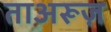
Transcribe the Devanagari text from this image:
ताअरूज़